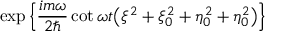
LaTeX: \exp \left\{ \frac { i m \omega } { 2 \hbar } \cot \omega t \bigl ( \xi ^ { 2 } + \xi _ { 0 } ^ { 2 } + \eta _ { 0 } ^ { 2 } + \eta _ { 0 } ^ { 2 } \bigr ) \right\}